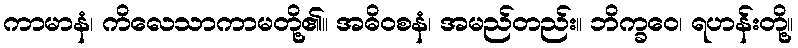
ကာမာနံ၊ ကိလေသာကာမတို့၏။ အဓိဝစနံ၊ အမည်တည်း။ ဘိက္ခဝေ၊ ရဟန်းတို့။